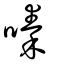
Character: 嗪